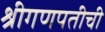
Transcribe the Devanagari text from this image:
श्रीगणपतीची